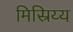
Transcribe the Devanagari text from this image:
मिस्रिय्य